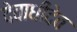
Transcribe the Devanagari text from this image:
देवाधीदेव